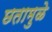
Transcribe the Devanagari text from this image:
छतामुळे